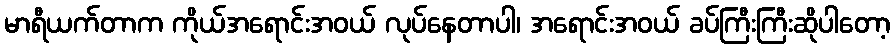
မာရီယက်တာက ကိုယ်အရောင်းအဝယ် လုပ်နေတာပါ၊ အရောင်းအဝယ် ခပ်ကြီးကြီးဆိုပါတော့